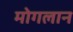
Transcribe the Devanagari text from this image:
मोगलान